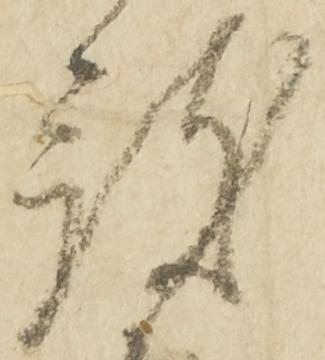
被